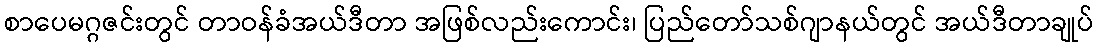
စာပေမဂ္ဂဇင်းတွင် တာဝန်ခံအယ်ဒီတာ အဖြစ်လည်းကောင်း၊ ပြည်တော်သစ်ဂျာနယ်တွင် အယ်ဒီတာချုပ်